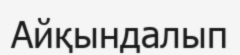
Айқындалып